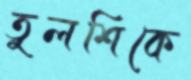
তুলশিকে